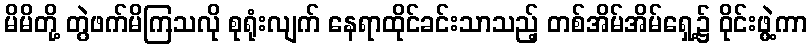
မိမိတို့ တွဲဖက်မိကြသလို စုရုံးလျက် နေရာထိုင်ခင်းသာသည့် တစ်အိမ်အိမ်ရှေ့၌ ဝိုင်းဖွဲ့ကာ